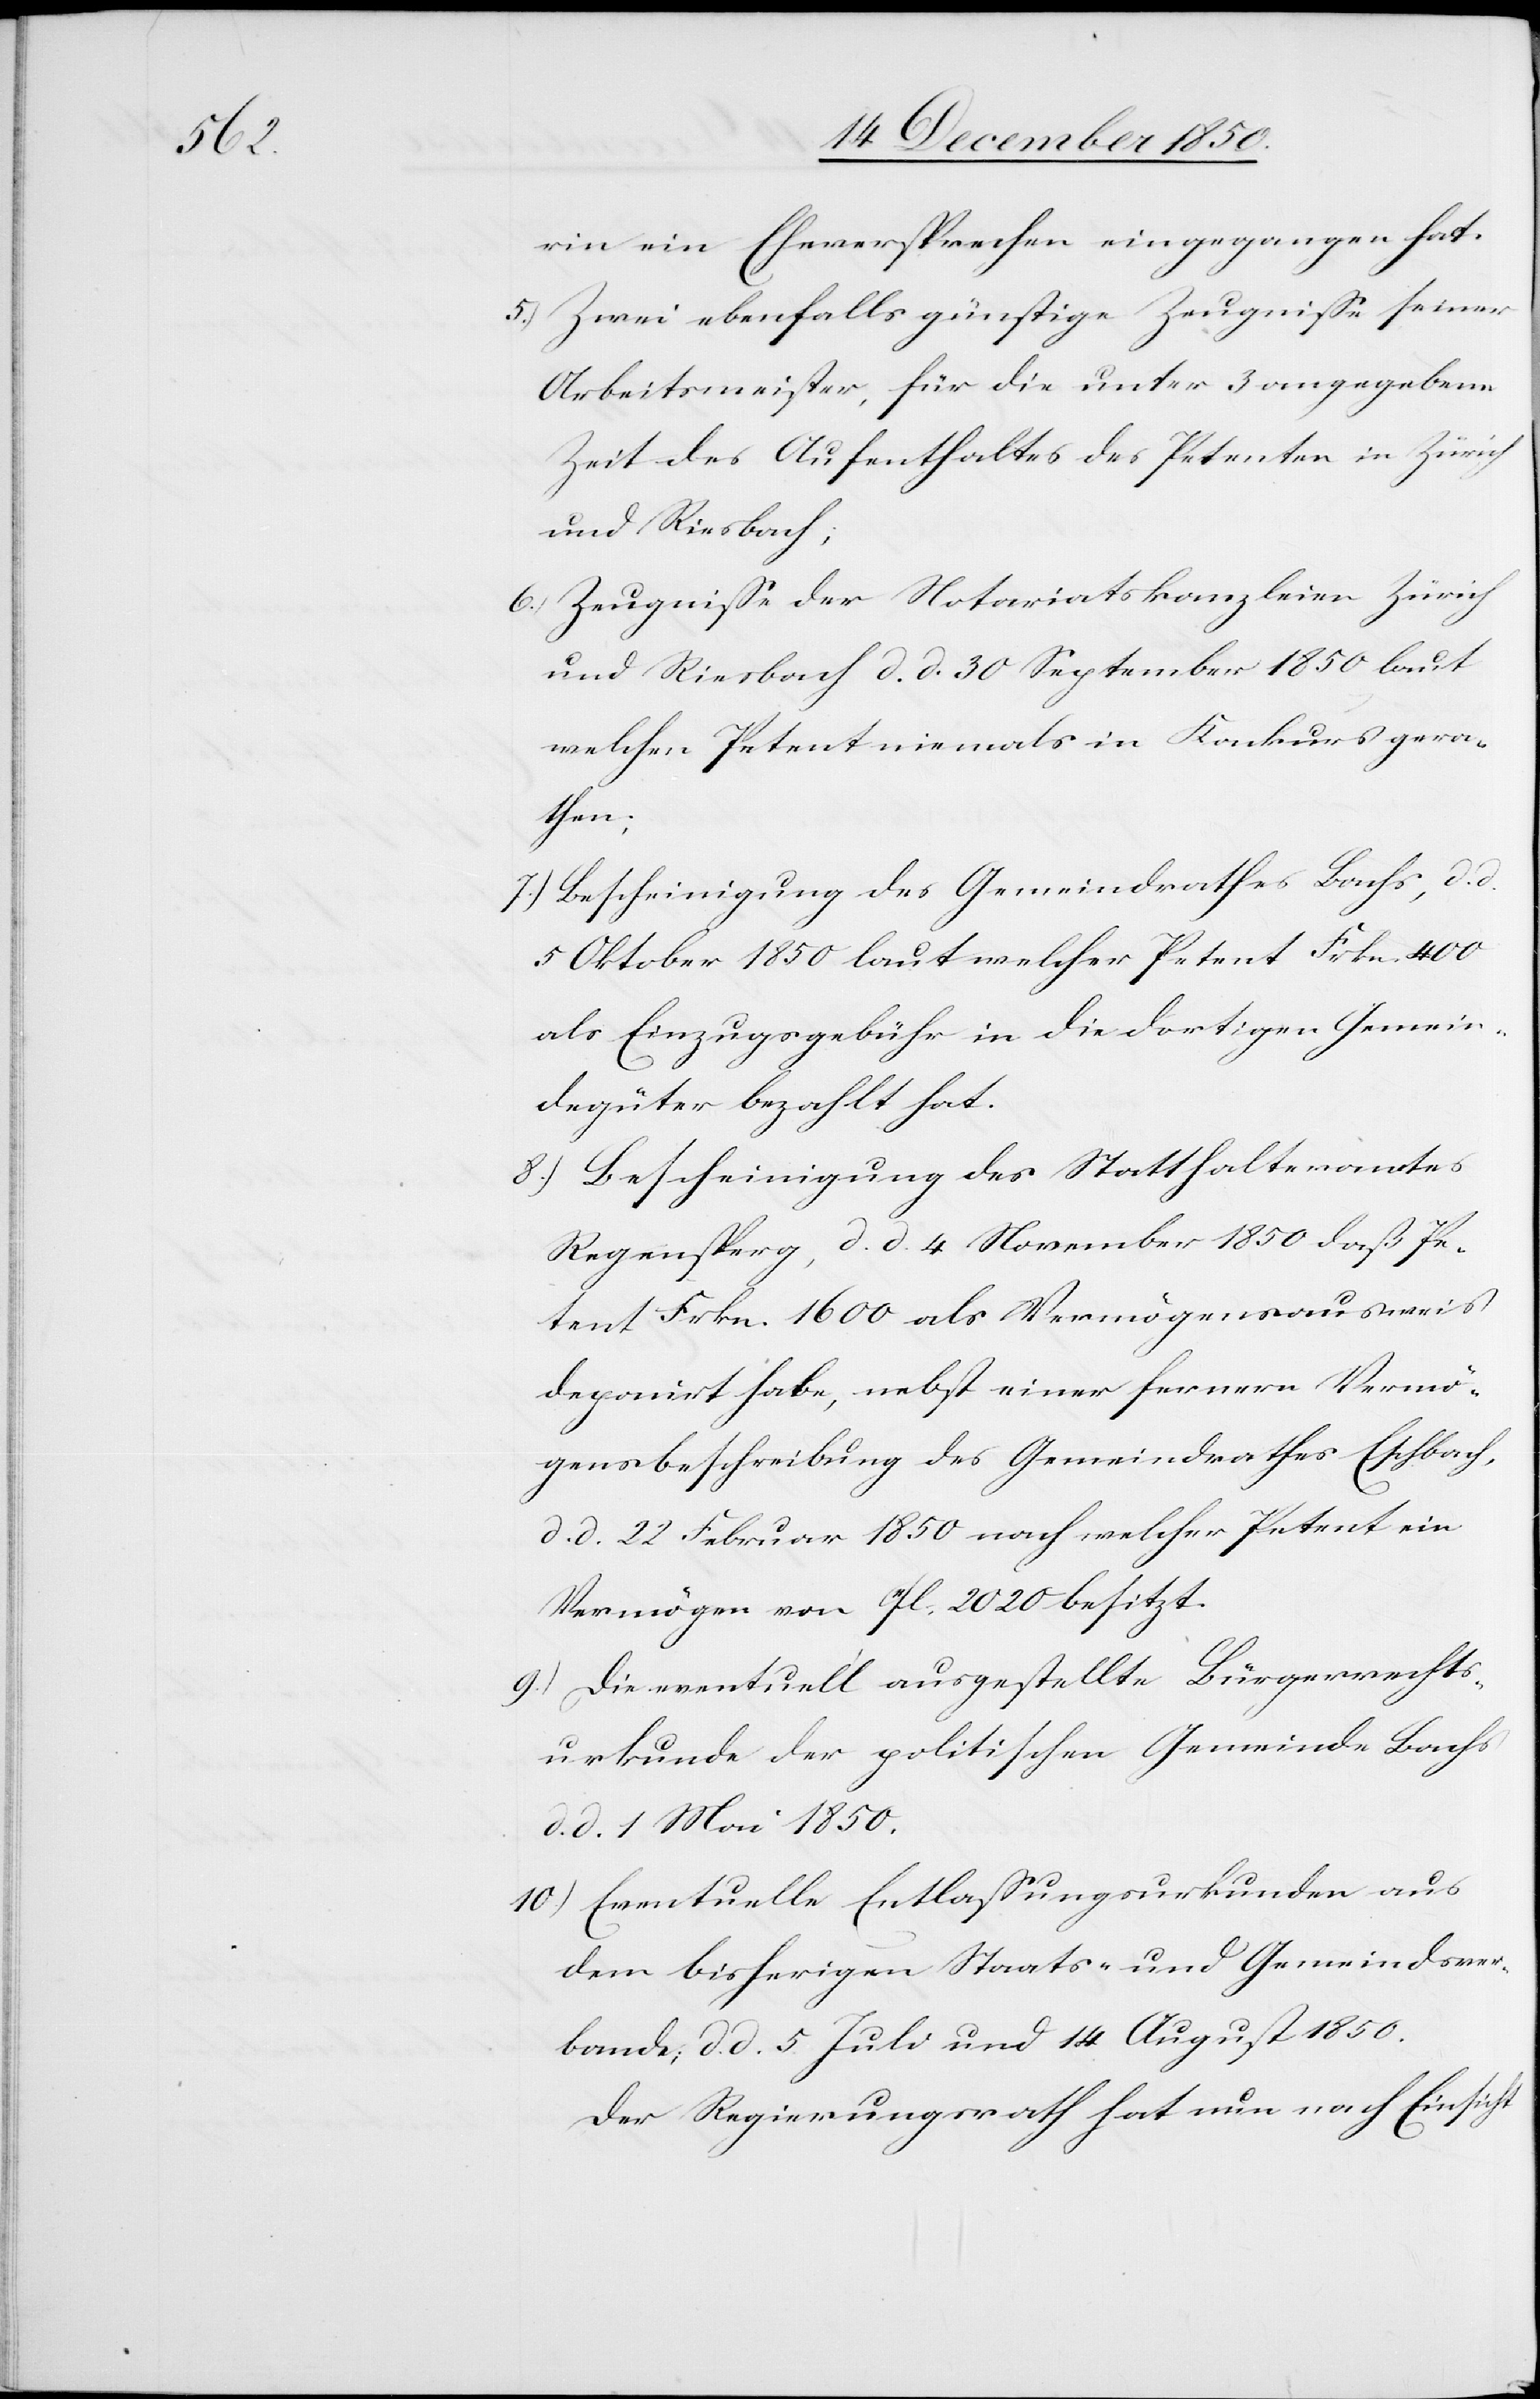
rin ein Eheversprechen eingegangen hat.
5.) Zwei ebenfalls günstige Zeugnisse seiner
Arbeitsmeister, für die unter 3 angegebene
Zeit des Aufenthaltes des Petenten in Zürich
und Riesbach;
6.) Zeugnisse der Notariatskanzleien Zürich
und Riesbach d. d. 30 September 1850 laut
welcher Petent niemals in Konkurs gera¬
then;
7.) Bescheinigung des Gemeindrathes Bachs, d. d.
5 Oktober 1850 laut welcher Petent Frkn. 400
als Einzugsgebühr in die dortigen Gemein¬
degüter bezahlt hat.
8.) Bescheinigung des Statthalteramtes
Regensperg, d. d. 4 November 1850 daß Pe¬
tent Frkn. 1600 als Vermögensausweis
deponirt habe, nebst einer fernern Vermö¬
gensbeschreibung des Gemeindrathes Eschbach,
d. d. 22 Februar 1850 nach welcher Petent ein
Vermögen von fl. 2020 besitzt.
9.) Die eventuell ausgestellte Bürgerrechts¬
urkunde der politischen Gemeinde Bachs
d. d. 1 Mai 1850.
10.) Eventuelle Entlassungsurkunden aus
dem bisherigen Staats- und Gemeindsver¬
bande; d. d. 5 Juli und 14 August 1850.
Der Regierungsrath hat nun nach Einsicht